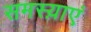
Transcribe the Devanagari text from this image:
समस्य़ाएं